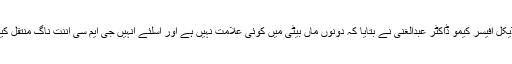
بلاک میڈیکل آفیسر کیمو ڈاکٹر عبدالغنی نے بتایا کہ دونوں ماں بیٹی میں کوئی علامت نہیں ہے اور اسلئے انہیں جی ایم سی اننت ناگ منتقل کیا گیا ہے۔